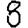
Digit: 8